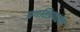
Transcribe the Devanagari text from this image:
प्रगतिप्रवर्तक